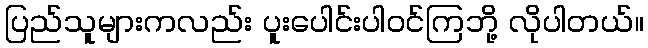
ပြည်သူများကလည်း ပူးပေါင်းပါဝင်ကြဘို့ လိုပါတယ်။